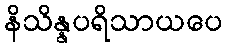
နိသိန္နပရိသာယပေ